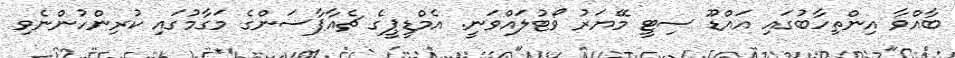
ބާއްވާ އިންތިހާބުގައި އައްޑޫ ސިޓީ މޭޔަރު ވޯޓުލައްވަނީ. އެމްޑީޕީގެ ޗެއާޕާސަންގެ މަގާމުގައި ކުރިންހުންނެވި